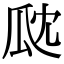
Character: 㼉